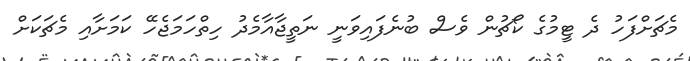
މެޗަށްފަހު ދެ ޓީމުގެ ކޯޗުން ވެސް ބުނެފައިވަނީ ނަތީޖާއާމެދު ހިތްހަމަޖެހޭ ކަމަށާއި މެޗަކަށް